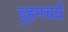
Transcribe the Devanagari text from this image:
ब्र्हमचर्य